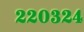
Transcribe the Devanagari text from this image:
२२०३२४